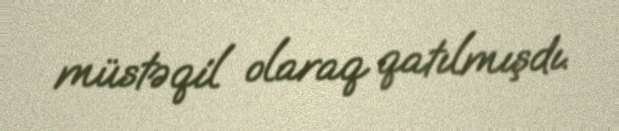
müstəqil olaraq qatılmışdı.